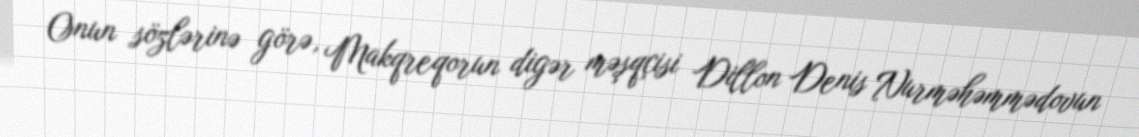
Onun sözlərinə görə, Makqreqorun digər məşqçisi Dillon Denis Nurməhəmmədovun